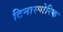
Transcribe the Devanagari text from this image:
टिनास्पोरिक